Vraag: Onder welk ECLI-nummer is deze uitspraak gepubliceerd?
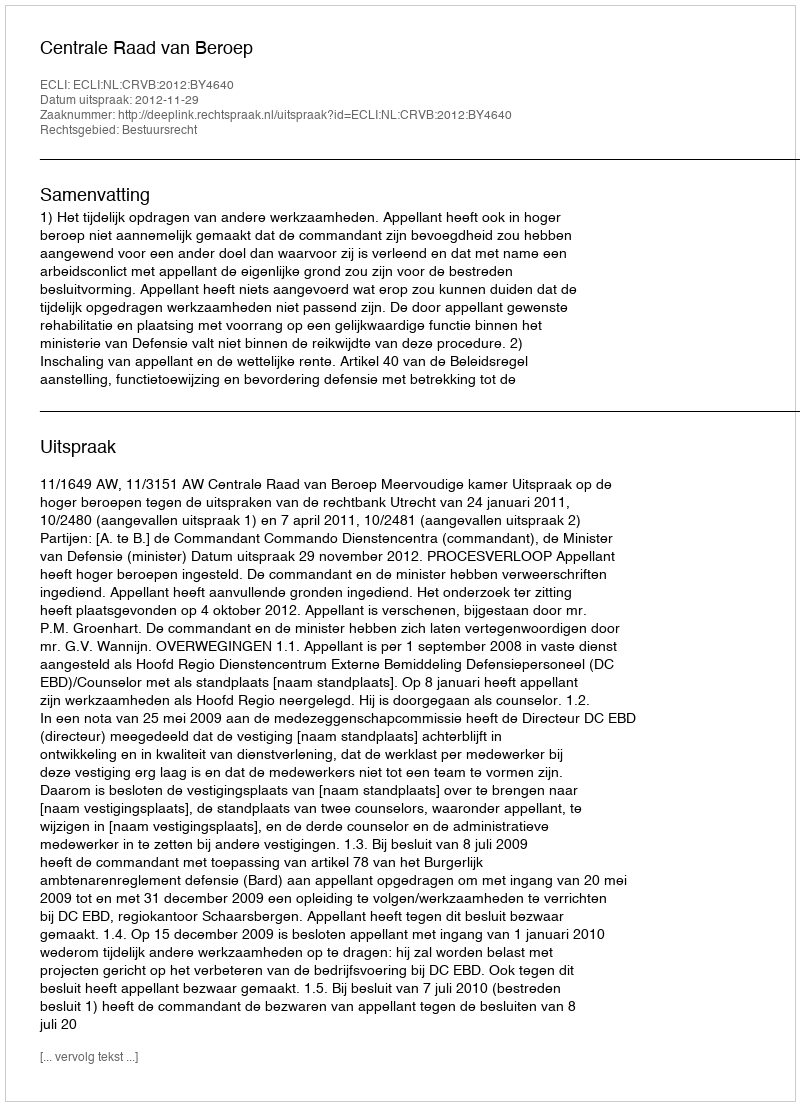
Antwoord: ECLI:NL:CRVB:2012:BY4640